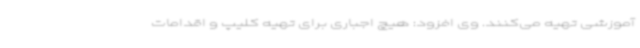
آموزشی تهیه می‌کنند. وی افزود: هیچ اجباری برای تهیه کلیپ و اقدامات